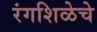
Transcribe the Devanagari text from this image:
रंगशिळेचे